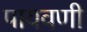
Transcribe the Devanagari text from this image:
पायवणी